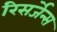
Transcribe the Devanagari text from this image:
रिसर्जेन्स